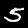
Label: 5